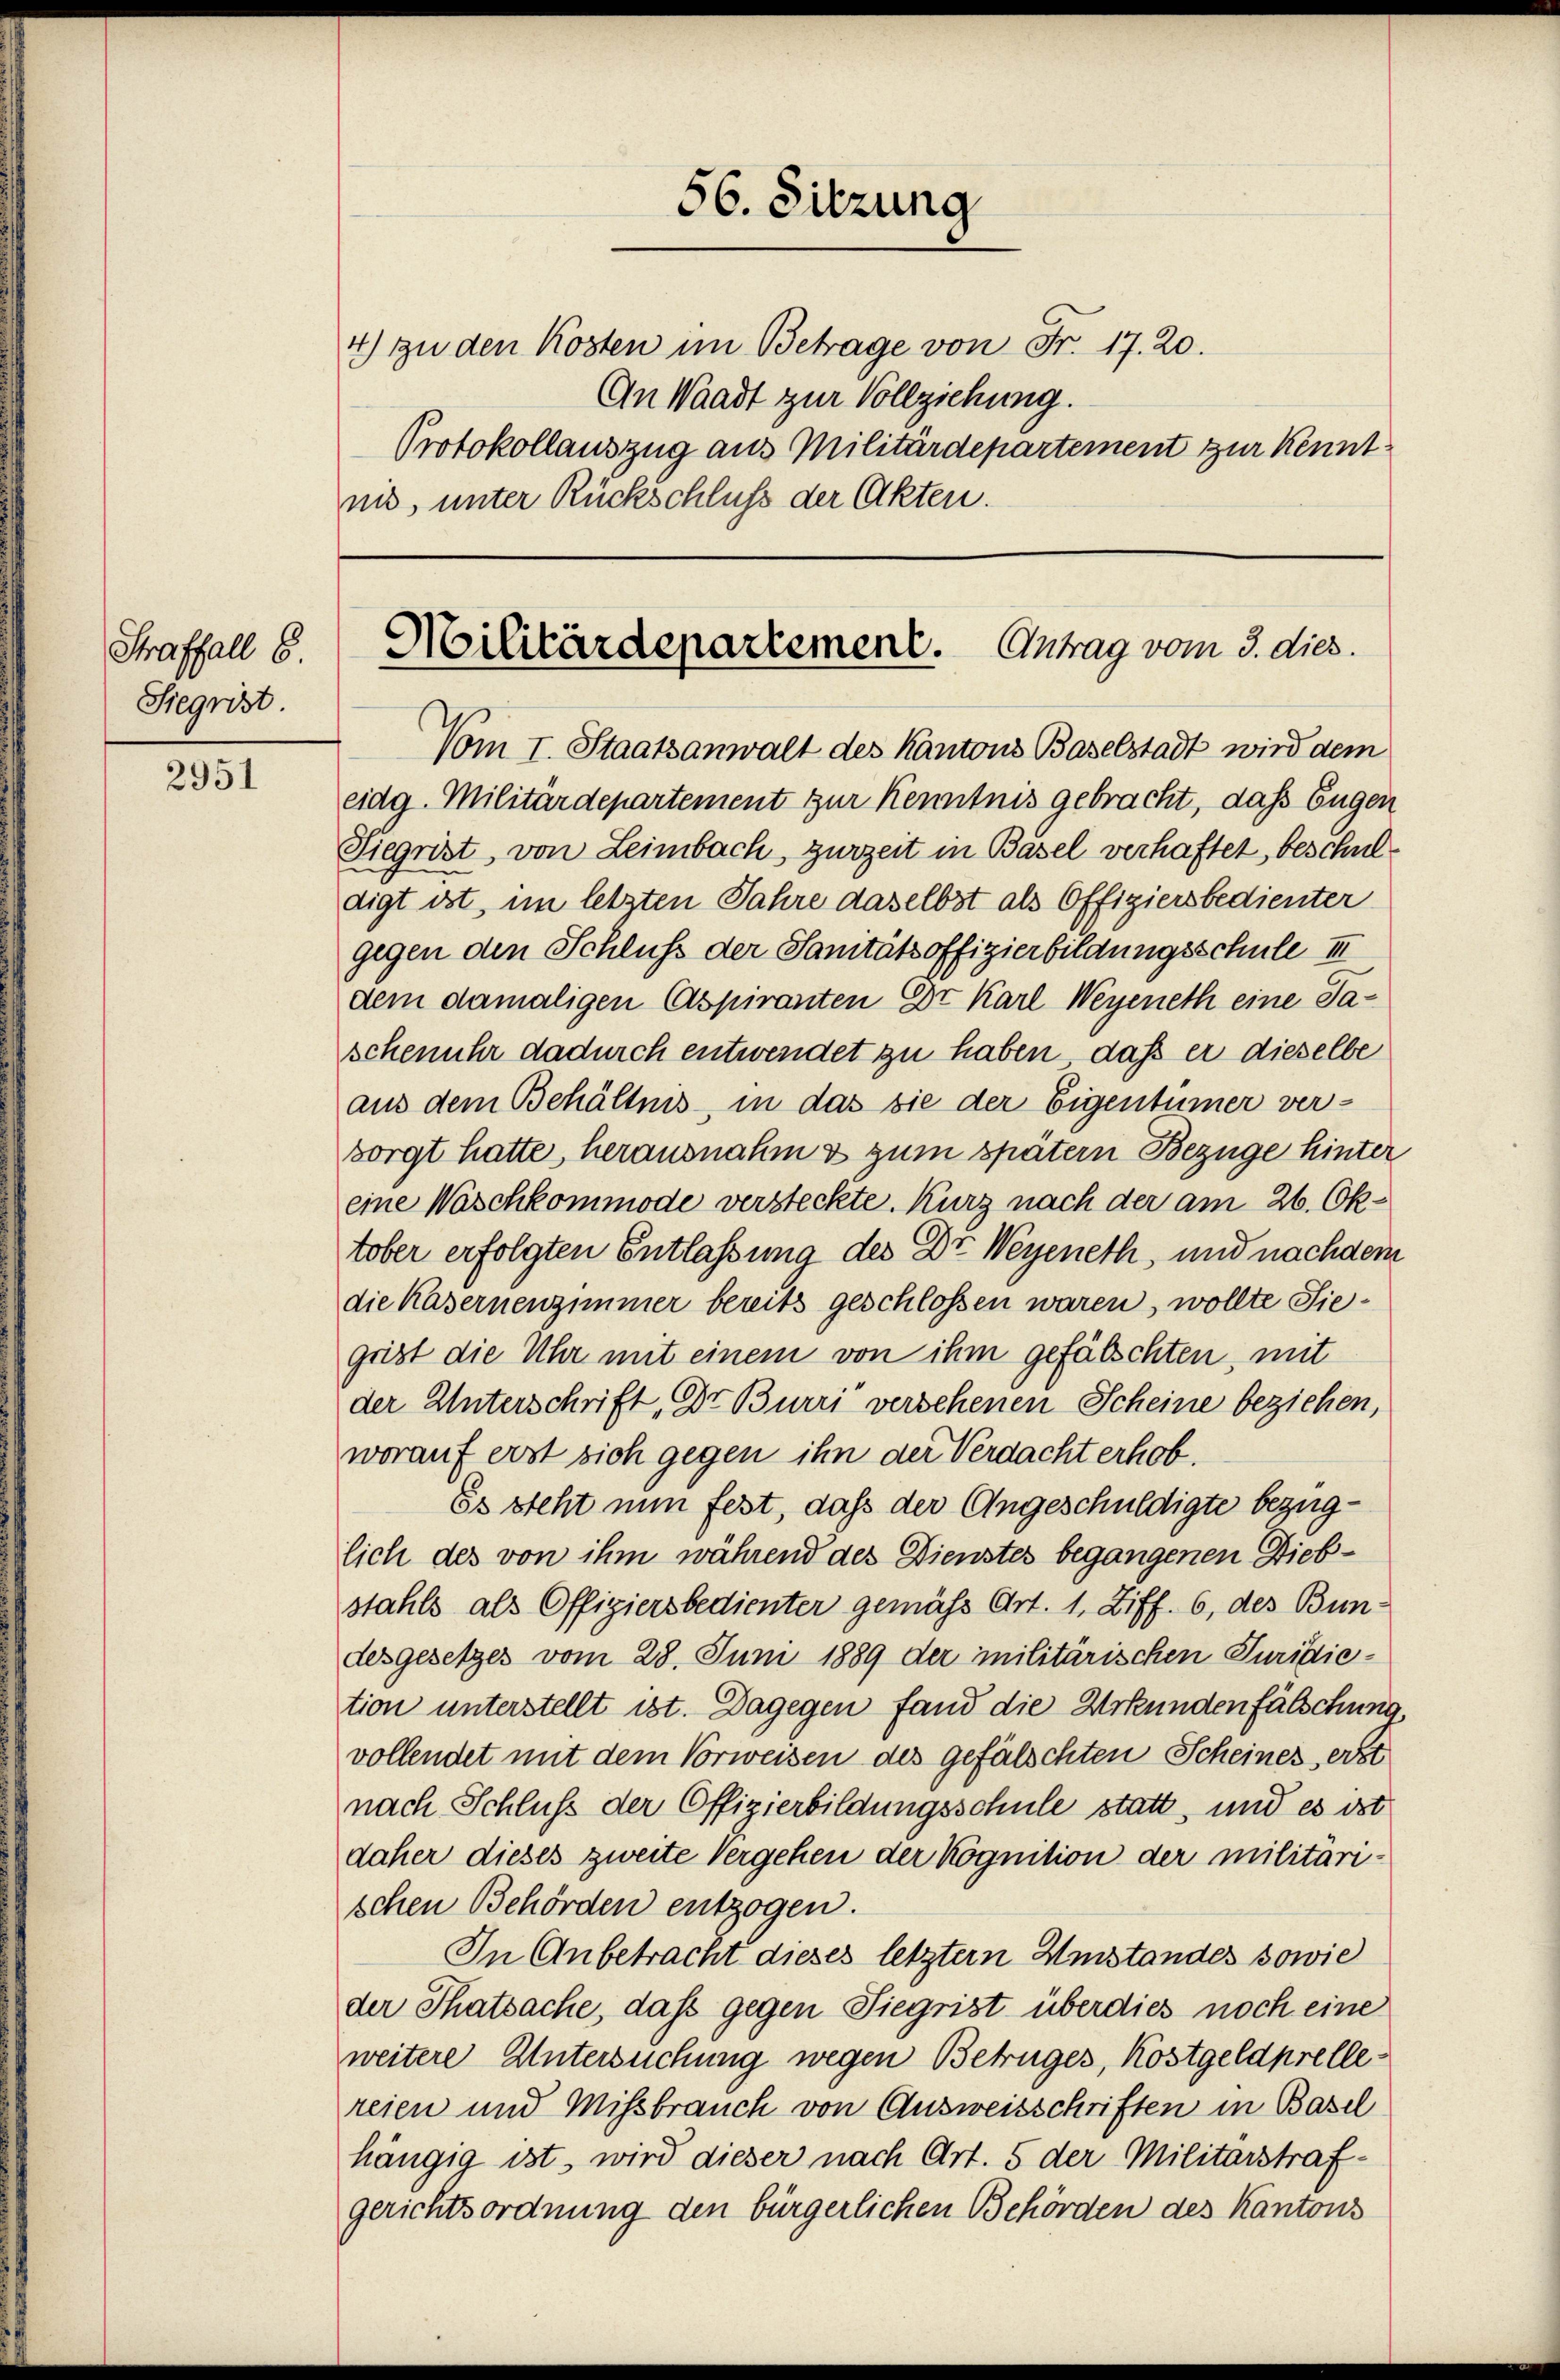
Straffall 8
Siegrist.

2951

56. Sitzung
Militärdepartement. Antrag vom 3. dies.

4) zu den Kosten im Betrage von Fr. 17. 20.
An Waadt zur Vollziehung.
Protokollauszug aus Militärdepartement zur Kenntnis, unter Rückschluß der Akten.

Vom I. Staatsanwalt des Kantons Baselstadt wird dem

eidg. Militärdepartement zur Kenntnis gebracht, daß Eugen
Siegrist, von Leimbach, zurzeit in Basel verhaftet, beschuldigt ist, im letzten Jahre daselbst als Offiziersbedienter
gegen den Schluß der Sanitätsoffizierbildungsschule III
dem damaligen Aspiranten Dr Karl Wegeneth eine Saschenuhr dadurch entwendet zu haben, daß er dieselbe
aus dem Behältnis, in das sie der Eigentümer ver-
sorgt hatte, herausnahm & zum später Bezüge hinter
eine Waschkommode versteckte. Kurz nach der am 26. Oktober erfolgten Entlaßung des Dr. Weyeneth, und nachdem
die Kasernenzimmer bereits geschlossen waren, wollte Siegrist die Uhr mit einem von ihm gefälschten, mit
der Unterschrift, Dr. Burri versehenen Scheine beziehen,
worauf erst sich gegen ihn der Verdacht erhob.
Es steht nun fest, daß der Angeschuldigte bezüglich des von ihm während des Dienstes begangenen Diebstahls als Offigiersbedienter gemäss Art. 1, Ziff. 6, des Bun-
desgesetzes vom 28. Juni 1889 der militärischen Puridic-
tion unterstellt ist. Dagegen fand die Urkundenfälschung
vollendet mit dem Vorweisen des gefälschten Scheines erst
nach Schluß der Offizierbildungsschule statt, und es ist
daher dieses zweite Vergehen der Kognition der militärischen Behörden entzogen.
In Anbetracht dieses letzter Umstandes sowie
der Thatsache, dass gegen Siegrist überdies noch eine
weitere Untersuchung wegen Betruges, Kostgeldprellereien und Missbrauch von Ausweisschriften in Basel
hängig ist, wird dieser nach Art. 5 der Militärstrafgerichtsordnung den bürgerlichen Behörden des Kantons